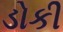
ડોકી